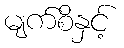
မျက်စိနှင့်